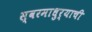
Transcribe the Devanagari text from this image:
स्वरमाधुर्याची